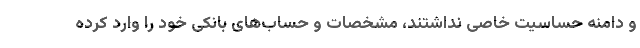
و دامنه حساسیت خاصی نداشتند، مشخصات و حساب‌های بانکی خود را وارد کرده